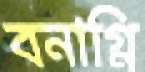
বনাগ্নি